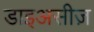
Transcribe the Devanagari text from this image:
डाइअसीज़